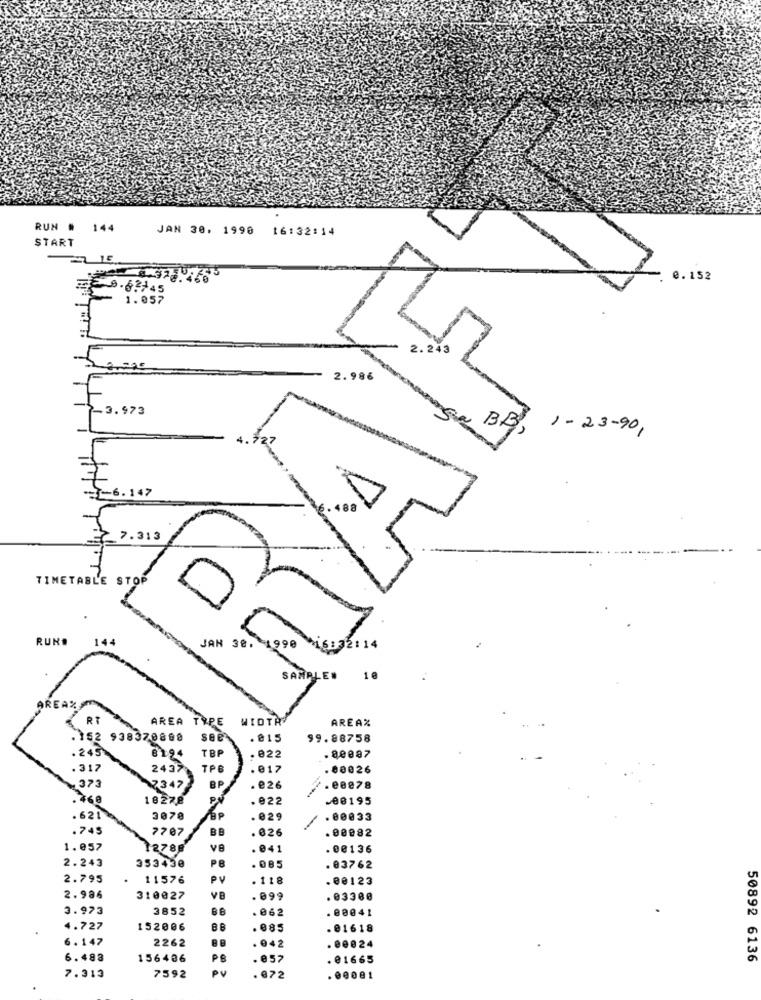
RUN # 144
JAN 30. 1990
16:32:14
START
0.152
9.8.745
2
1.057
2 . 243
2.986
3.973
BB,
1- 23-90,
1-6.147
₹ 7.313
TIMETABLE STOP
RUN#
144
JAN 38.
0
16:32114
SAMPLE
RT
WIDTR
AREAZ
AREA TYPE
.152 938370808
see
. €15
99.88758
. 245
8194
TBP
.822
. 80887
.317
2437
TPE
.017
80026
373
7347
BP
. €26
. 00e78
.260
18278
.022
-08195
.621
3078
. 029
. 00833
.745
7707
BE
.026
. 00082
1.057
12788
. 041
.00136
PB
2.243
353430
. 085
. 03762
2.795
11576
PV
.118
. 00123
2.986
310027
VE
099
.03300
3.973
3852
BB
062
. 00041
4.727
152006
085
. 01618
6.147
2262
. 042
. eee24
6.483
156406
PR
. @57
81665
50892 6136
PI
7.313
7592
. €72
. 00001